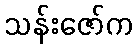
သန်းဇော်က